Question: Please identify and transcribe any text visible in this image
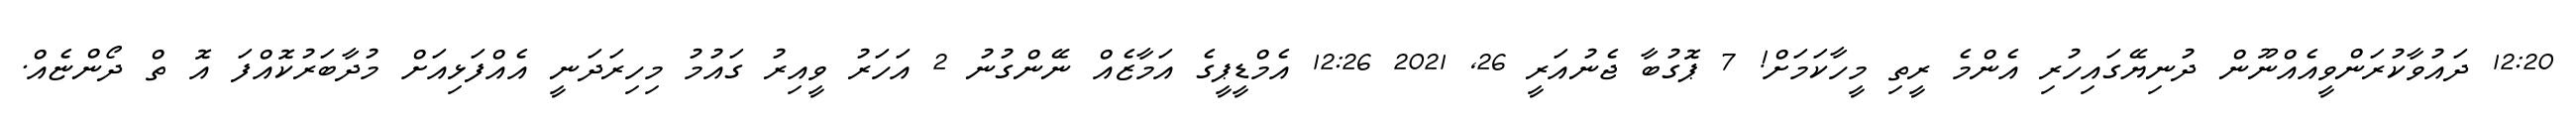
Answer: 12:20 ދައުވާކުރަންވީއެއްނޫން ދުނިޔޭގައިހުރި އެންމެ ރީތި މީހާކަމަށް! 7 ޕޮގުބާ ޖެނުއަރީ 26, 2021 12:26 އެމްޑީޕީގެ އަމާޒެއް ނޭންގުނު 2 އަހަރު ވީއިރު ގައުމު މިހިރަދަނީ އެއްފަޅިއަށް މުދާބަރުކޮއްފަ އޮ ތް ދޯންޏެއް.